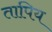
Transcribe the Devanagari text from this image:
तापिय